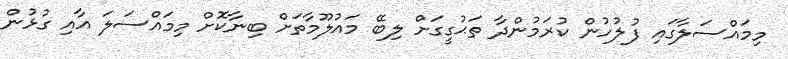
މިމައްސަލާގައި ފުލުހުން ކުރަމުންދާ ތަޙުގީގަށް ލިބޭ މައުލޫމާތަށް ބިނާކޮށް މިމައްސަލަ އާއި ގުޅުން